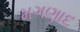
મગણાદ